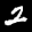
Label: 2